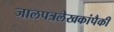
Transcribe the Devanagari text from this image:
जालपत्रलेखकांपैकी